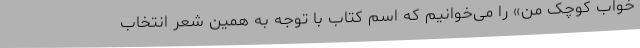
خواب کوچک من» را می‌خوانیم که اسم کتاب با توجه به همین شعر انتخاب